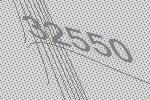
32550